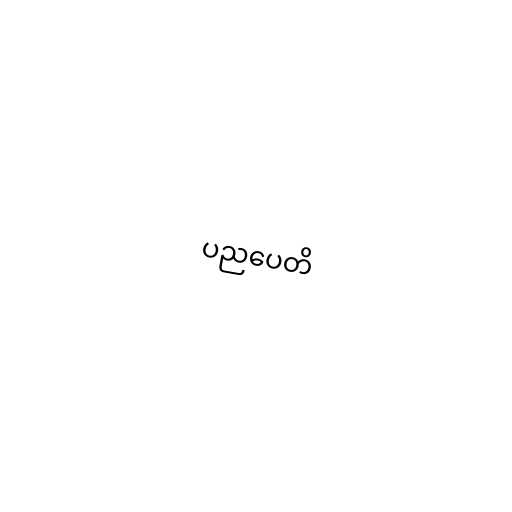
ပညပေတိ